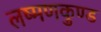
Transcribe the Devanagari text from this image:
लष्मणकुण्ड